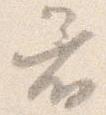
着